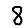
Digit: 8